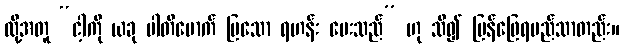
ထို့အတူ “ငါ့ကို ယခု ပါတိမောက် ပြသော ရဟန်း မေးသည်” ဟု သိ၍ ပြန်ဖြေရမည်သာတည်း။